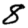
Digit: 8